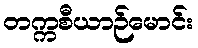
တက္ကစီယာဉ်မောင်း